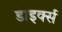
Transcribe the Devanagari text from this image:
डाइर्क्स